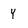
Character: Y